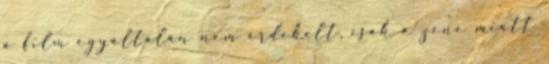
a film egyáltalán nem érdekelt, csak a zene miatt